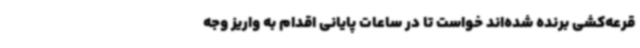
قرعه‌کشی برنده شده‌اند خواست تا در ساعات پایانی اقدام به واریز وجه